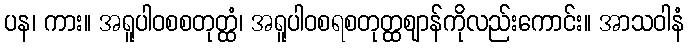
ပန၊ ကား။ အရူပါဝစစတုတ္ထံ၊ အရူပါဝစရစတုတ္ထဈာန်ကိုလည်းကောင်း။ အာသဝါနံ